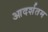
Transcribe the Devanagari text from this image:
आदर्शतम